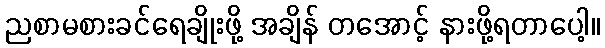
ညစာမစားခင်ရေချိုးဖို့ အချိန် တအောင့် နားဖို့ရတာပေါ့။